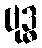
ဗုဒ္ဓ